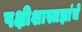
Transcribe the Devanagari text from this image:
पक्षीशास्त्रज्ञांचे